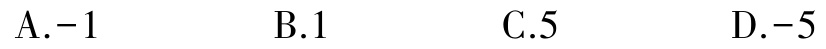
A.$-1$  B.$1$  C.$5$  D.$-5$